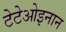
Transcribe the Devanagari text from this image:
टेटेओइनान